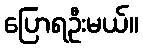
ပြောရဦးမယ်။